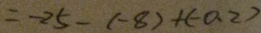
= - 2 5 - ( - 8 ) + ( - 0 . 2 )